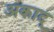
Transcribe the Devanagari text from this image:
अकाद्